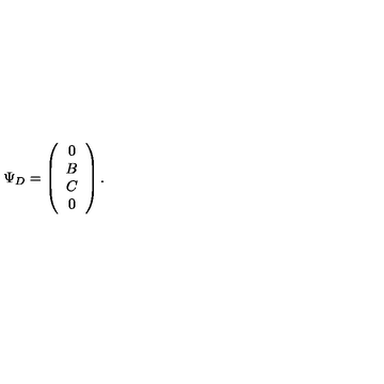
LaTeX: \Psi _ { D } = \left( \begin{array} { c } { 0 } \\ { B } \\ { C } \\ { 0 } \\ \end{array} \right) .